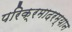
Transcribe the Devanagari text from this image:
परिक्रमादरम्यान